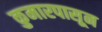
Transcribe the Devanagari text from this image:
कुमारपासून